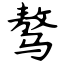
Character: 骜